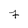
Character: 7